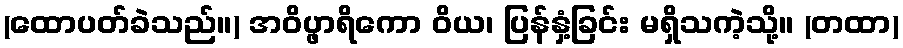
(ထောပတ်ခဲသည်။) အဝိပ္ဖာရိကော ဝိယ၊ ပြန်နှံ့ခြင်း မရှိသကဲ့သို့။ (တထာ)